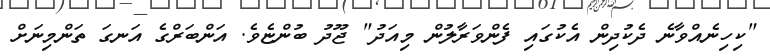
"ކިހިނެއްވާނެ ދެކުދިން އެކުގައި ފެންވަރާލުން މިއަދު" ޖޫދު ބުންޏެވެ. އަންބަރްގެ އަނގަ ތަންމިނަށް